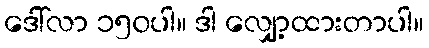
ဒေါ်လာ ၁၅၀ပါ။ ဒါ လျှော့ထားတာပါ။